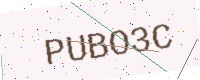
Text: PUBO3C